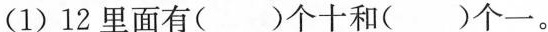
(1)12里面有( )个十和( )个一。